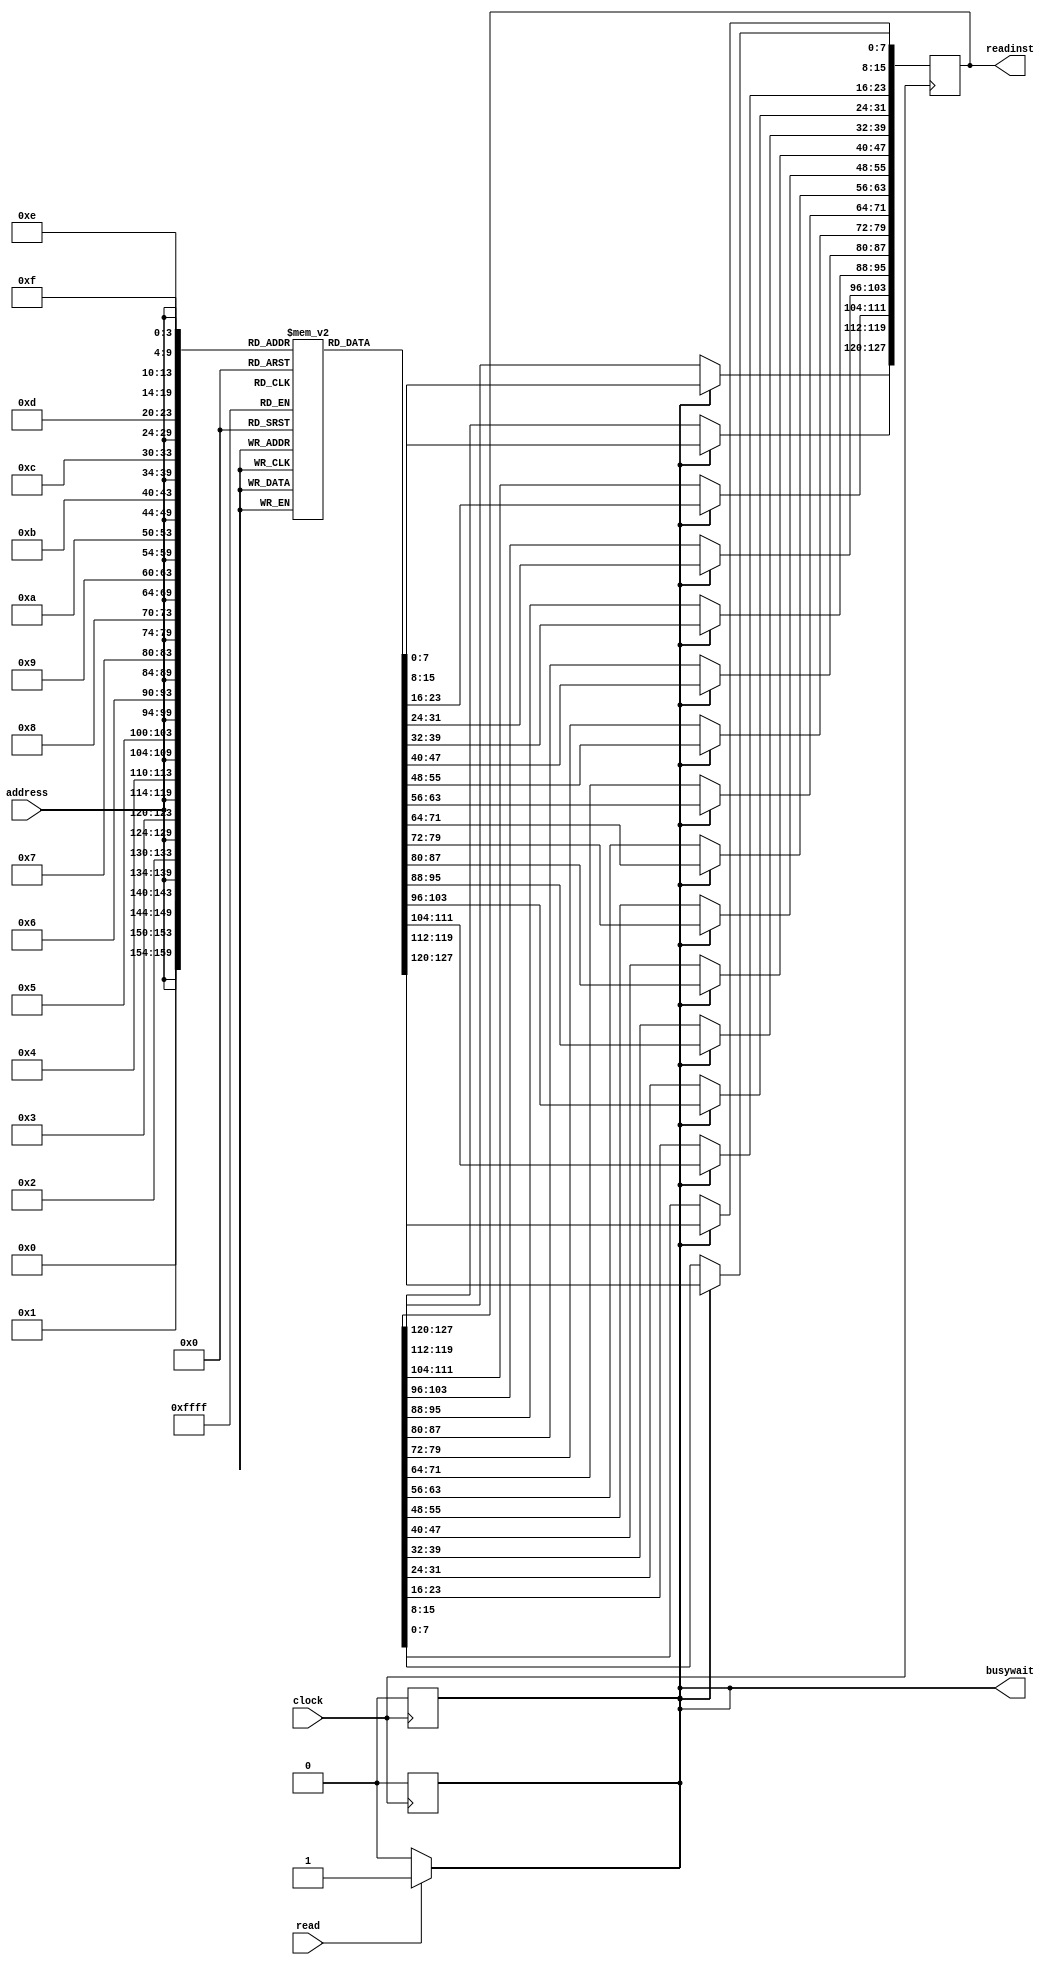
`timescale 1ns/100ps
module instruction_memory(
	clock,
	read,
    address,
    readinst,
	busywait
);
input				clock;
input				read;
input[5:0]			address;
output reg [127:0]	readinst;
output	reg			busywait;

reg readaccess;

//Declare memory array 1024x8-bits 
reg [7:0] memory_array [1023:0];

//Initialize instruction memory
initial
begin
	busywait = 0;
	readaccess = 0;
	
    {memory_array[10'd3],  memory_array[10'd2],  memory_array[10'd1],  memory_array[10'd0]}  = 32'b00000000_00000000_00000000_00001001; // loadi 0 0x09

    {memory_array[10'd7],  memory_array[10'd6],  memory_array[10'd5],  memory_array[10'd4]}  = 32'b00000000_00000001_00000000_00000001; // loadi 1 0x01

    {memory_array[10'd11], memory_array[10'd10], memory_array[10'd9],  memory_array[10'd8]}  = 32'b00010000_00000000_00000000_00000001; // swd 0 1

    {memory_array[10'd15], memory_array[10'd14], memory_array[10'd13], memory_array[10'd12]} = 32'b00010001_00000000_00000001_00000000; // swi 1 0x00

    {memory_array[10'd19], memory_array[10'd18], memory_array[10'd17], memory_array[10'd16]} = 32'b00001110_00000010_00000000_00000001; // lwd 2 1

	{memory_array[10'd23], memory_array[10'd22], memory_array[10'd21], memory_array[10'd20]} = 32'b00001110_00000011_00000000_00000001; // lwd 3 1

	{memory_array[10'd27], memory_array[10'd26], memory_array[10'd25], memory_array[10'd24]} = 32'b00000011_00000100_00000000_00000001; // sub 4 0 1

	{memory_array[10'd31], memory_array[10'd30], memory_array[10'd29], memory_array[10'd28]} = 32'b00010001_00000000_00000100_00000010; // swi 4 0x02

	{memory_array[10'd35], memory_array[10'd34], memory_array[10'd33], memory_array[10'd32]} = 32'b00001111_00000101_00000000_00000010; // lwi 5 0x02

	{memory_array[10'd39], memory_array[10'd38], memory_array[10'd37], memory_array[10'd36]} = 32'b00010001_00000000_00000100_00100000; // swi 4 0x20
	
	{memory_array[10'd43], memory_array[10'd42], memory_array[10'd41], memory_array[10'd40]} = 32'b00001111_00000110_00000000_00100000; // lwi 6 0x20
end

//Detecting an incoming memory access
always @(read)
begin
    busywait = (read)? 1 : 0;
    readaccess = (read)? 1 : 0;
end

//Reading
always @(posedge clock)
begin
	if(readaccess)
	begin
		readinst[7:0]     = #40 memory_array[{address,4'b0000}];
		readinst[15:8]    = #40 memory_array[{address,4'b0001}];
		readinst[23:16]   = #40 memory_array[{address,4'b0010}];
		readinst[31:24]   = #40 memory_array[{address,4'b0011}];
		readinst[39:32]   = #40 memory_array[{address,4'b0100}];
		readinst[47:40]   = #40 memory_array[{address,4'b0101}];
		readinst[55:48]   = #40 memory_array[{address,4'b0110}];
		readinst[63:56]   = #40 memory_array[{address,4'b0111}];
		readinst[71:64]   = #40 memory_array[{address,4'b1000}];
		readinst[79:72]   = #40 memory_array[{address,4'b1001}];
		readinst[87:80]   = #40 memory_array[{address,4'b1010}];
		readinst[95:88]   = #40 memory_array[{address,4'b1011}];
		readinst[103:96]  = #40 memory_array[{address,4'b1100}];
		readinst[111:104] = #40 memory_array[{address,4'b1101}];
		readinst[119:112] = #40 memory_array[{address,4'b1110}];
		readinst[127:120] = #40 memory_array[{address,4'b1111}];
		busywait = 0;
		readaccess = 0;
	end
end
 
endmodule